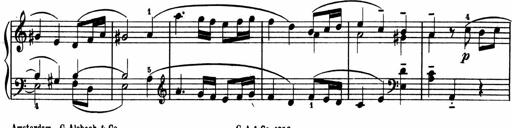
Title: 2 Sonatinen
Composer: Lambertus Adrianus van Tetterode